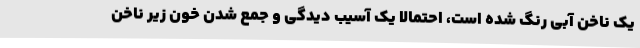
یک ناخن آبی رنگ شده است، احتمالا یک آسیب دیدگی و جمع شدن خون زیر ناخن